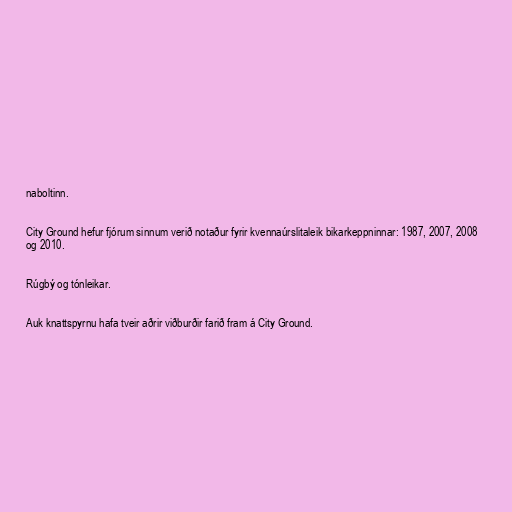
naboltinn.

City Ground hefur fjórum sinnum verið notaður fyrir kvennaúrslitaleik bikarkeppninnar: 1987, 2007, 2008
og 2010.

Rúgbý og tónleikar.

Auk knattspyrnu hafa tveir aðrir viðburðir farið fram á City Ground.